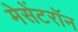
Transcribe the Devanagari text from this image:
मेसेंटरॉन